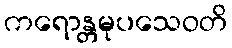
ကရောန္တမုပသေဝတိ